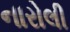
નારોલી